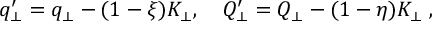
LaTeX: q _ { \perp } ^ { \prime } = q _ { \perp } - ( 1 - \xi ) K _ { \perp } , \quad Q _ { \perp } ^ { \prime } = Q _ { \perp } - ( 1 - \eta ) K _ { \perp } \; , \nonumber